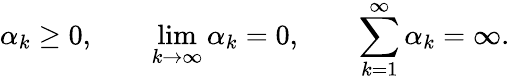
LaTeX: \alpha_{k}\geq 0,\qquad\operatorname*{lim}_{k\to\infty}\alpha_{k}=0,\qquad\sum_{k=1}^{\infty}\alpha_{k}=\infty.